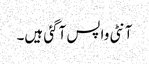
آنٹی واپس آگئی ہیں۔